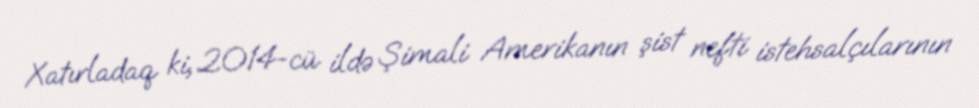
Xatırladaq ki, 2014-cü ildə Şimali Amerikanın şist nefti istehsalçılarının